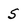
Character: 5